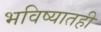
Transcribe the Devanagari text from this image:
भविष्यातही